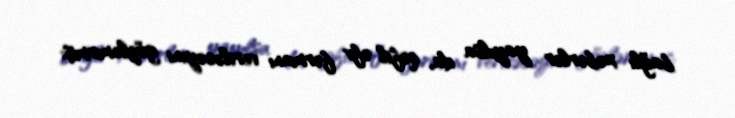
bağlı xəbərlər yayılsa da, qəfil əfv fərmanı veriləcəyini gözləmirmiş: